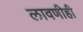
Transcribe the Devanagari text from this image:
लावणीही